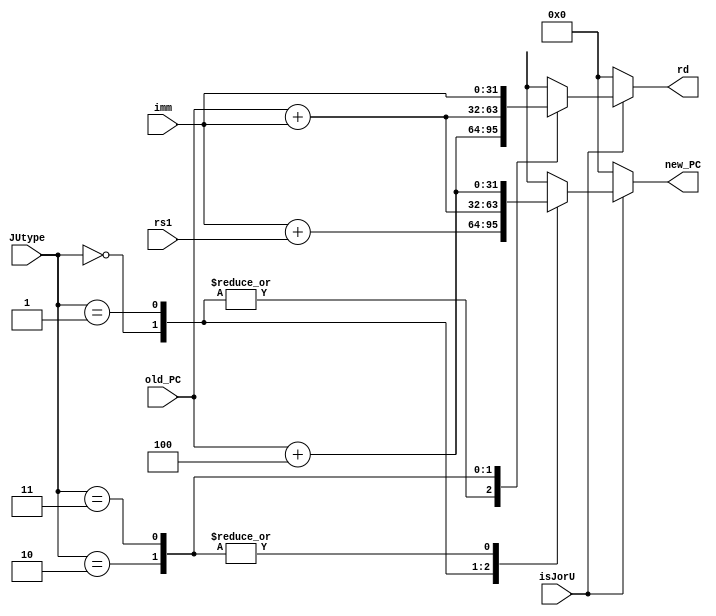
module JorU_PCandRD(
	input isJorU,
	input [1:0]  JUtype,
	input [31:0] old_PC, imm, rs1,
	output reg [31:0] rd, new_PC
);
parameter 
    is_jalr = 0, is_jal = 1, is_auipc = 2, is_lui = 3; 
always@(*)
begin
	if(isJorU)
		case(JUtype)
			is_jalr: begin //JALR
				rd = old_PC + 4; 
                new_PC = imm + rs1;
			end
            is_jal: begin //JAL
				rd = old_PC + 4;
				new_PC = old_PC + imm;
			end
			is_auipc: begin //AUIPC
				rd = old_PC + imm;
				new_PC = old_PC + 4;
			end
			is_lui: begin //LUI
				rd = imm;
				new_PC = old_PC + 4;
			end
		endcase
	else begin
		rd = 0;
		new_PC = 0;
	end
end
endmodule

/*module JorU_PCandRD(
	input isJorU, jalr,
	input [2:0]  op_first3,
	input [31:0] old_PC, imm, rs1,
	output reg [31:0] rd, new_PC
);
always@(*)
begin
	if(isJorU)
		case(op_first3)
			3'b110: begin 
                if(jalr)begin //JALR
                    rd = old_PC + 4;
                    new_PC = imm + rs1;
                end
                else begin //JAL
                    rd = old_PC + 4;
				    new_PC = old_PC + imm;
                end
            end
			3'b001: begin //AUIPC
				rd = old_PC + imm;
				new_PC = old_PC + 4;
			end
			2'b10: begin //LUI
				rd = imm;
				new_PC = old_PC + 4;
			end
		endcase
	else begin
		rd = 0;
		new_PC = 0;
	end
end
endmodule
*/
module PCSrc(
    input branch, Zero, isJorU,
    output reg [1:0]pc_src
);

reg must_branch;
always @(*) begin
    must_branch = branch & Zero;
    if(isJorU)
        pc_src = 2'b11;
    else if(must_branch)
        pc_src = 2'b01;
    else
        pc_src = 2'b10;
end
endmodule


module PCmux(
    input isJorU,
    input [1:0]pc_src,
    input [31:0]old_pc, imm, pc_fromJU,
    output reg [31:0]new_pc
);
always @(*) begin
    case (pc_src)
        2'b11:
            if(isJorU)
                new_pc = pc_fromJU;
            else
                new_pc = old_pc + 4;
        2'b10:
            new_pc = old_pc + 4;
        2'b01:
            new_pc = old_pc + imm;
        default: 
            new_pc = old_pc + 4;
    endcase

end
endmodule


module PC(
    input clk, instr_read,
    input [31:0] new_addr,
    output reg [31:0] PC_addr
);
initial
	PC_addr = 0;

always@(negedge clk)
    begin
        if(instr_read) begin
            PC_addr <= new_addr; 
        end
    end     
endmodule